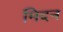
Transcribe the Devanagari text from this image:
मिदन